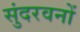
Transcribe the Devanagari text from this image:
सुंदरवनों